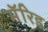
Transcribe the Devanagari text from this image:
मॅरिड